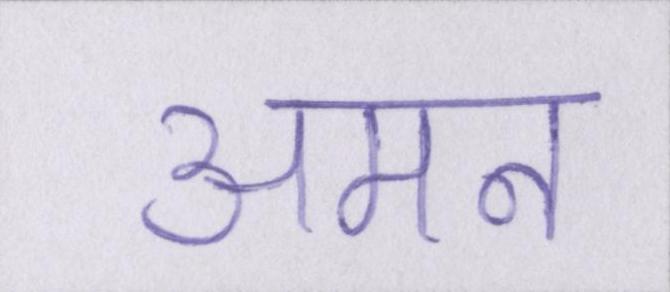
अमन